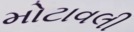
મોટાવલી